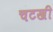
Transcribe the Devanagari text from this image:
चटखी